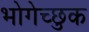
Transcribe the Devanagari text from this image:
भोगेच्छुक